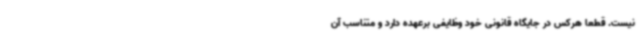
نیست. قطعا هرکس در جایگاه قانونی خود وظایفی برعهده دارد و متناسب آن